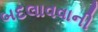
બદલાવવાની